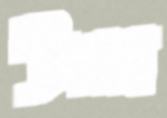
উল্ল্যা